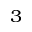
^ 3